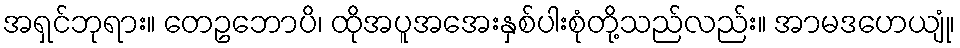
အရှင်ဘုရား။ တေဥဘောပိ၊ ထိုအပူအအေးနှစ်ပါးစုံတို့သည်လည်း။ အာမဒဟေယျုံ၊